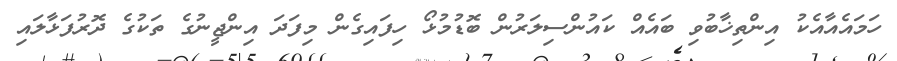
ހަމައެއާއެކު އިންތިޚާބުވި ބައެއް ކައުންސިލަރުން ބޮޑުމުޅޯ ހިފައިގެން މިފަދަ އިންޖީނުގެ ތަކުގެ ދޮރުފަޅާލައި